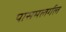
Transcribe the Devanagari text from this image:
पासमलर्गल